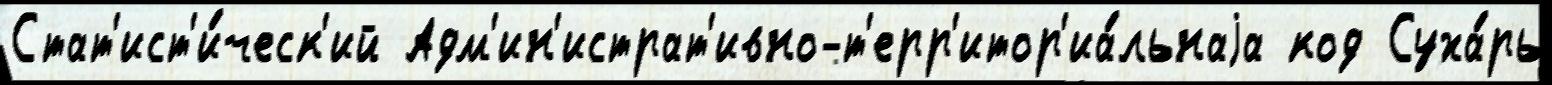
Стат'ист'и́ческ'ий Адм'ин'истрат'ивно-т'ерр'итор'иа́льнаjа код Суха́рь